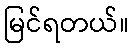
မြင်ရတယ်။